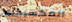
المكسيكيون